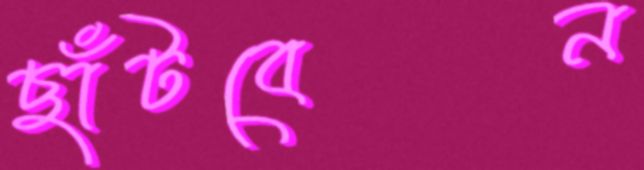
ছাঁটবেন